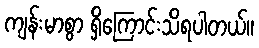
ကျန်းမာစွာ ရှိကြောင်းသိရပါတယ်။